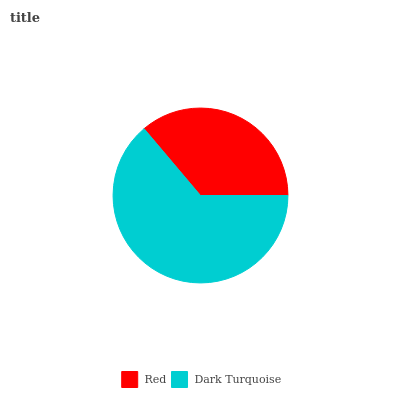
| Red | Dark Turquoise |
 | --- | --- |
 | 36.1% | 63.9% |